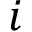
i